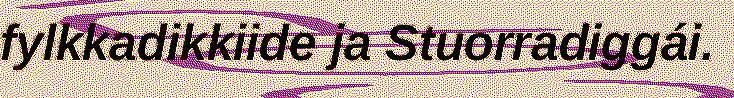
fylkkadikkiide ja Stuorradiggái.